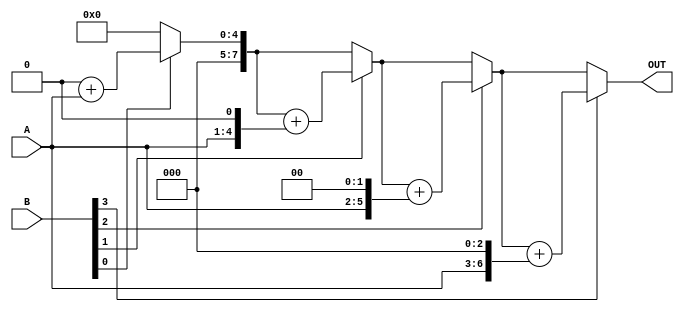
`timescale 1ns / 1ps

module bin_mul(A,B,OUT);

parameter n=4;
input [n-1:0] A;
input [n-1:0] B;
output reg [2*n-1:0] OUT;
integer i;

always @(*)
begin
    OUT = 0;
    for(i=0;i<n;i=i+1)
    begin
        if(B[i]==1) begin
            OUT = OUT + (A<<i);
        end
    end
end
endmodule